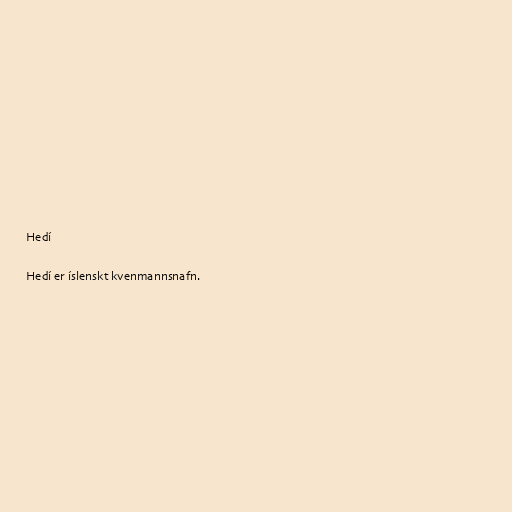
Hedí

Hedí er íslenskt kvenmannsnafn.